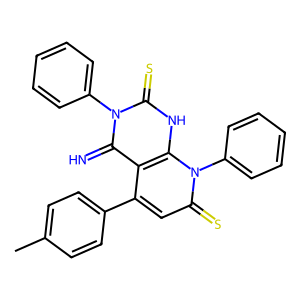
SMILES: Cc1ccc(-c2cc(=S)n(-c3ccccc3)c3[nH]c(=S)n(-c4ccccc4)c(=N)c23)cc1
Inhibits HIV replication: No